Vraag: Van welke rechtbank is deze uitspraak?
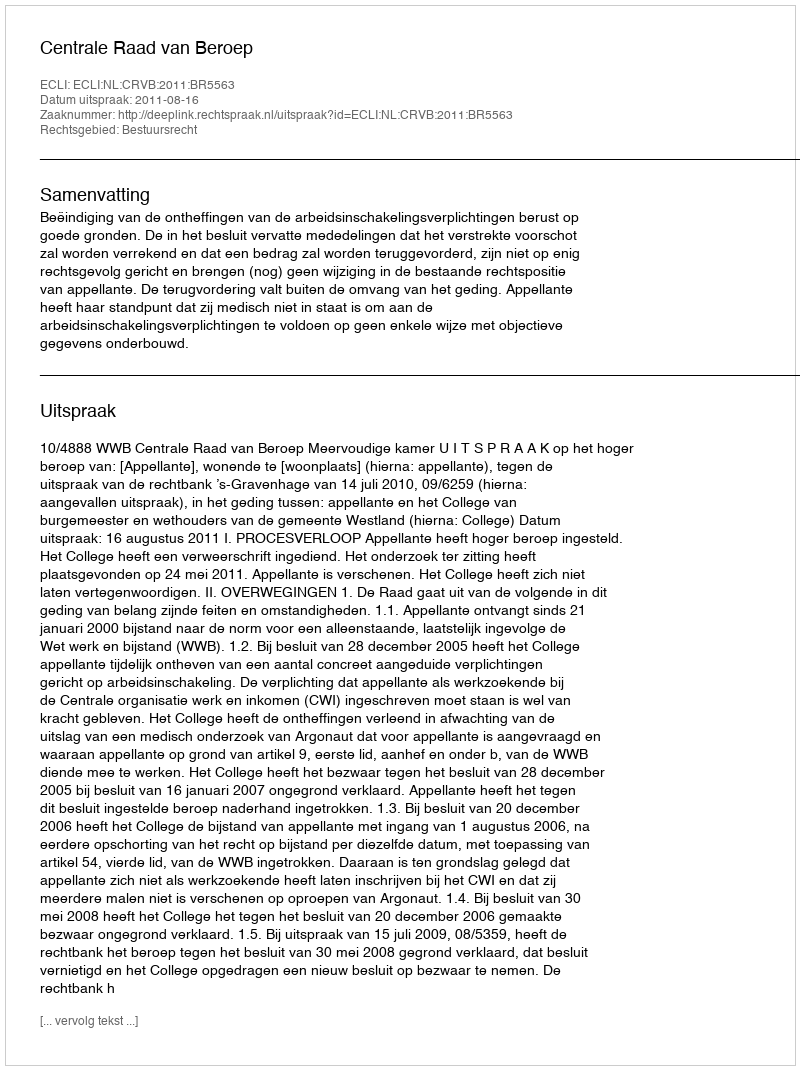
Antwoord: Centrale Raad van Beroep